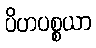
ပိဟပစ္စယာ